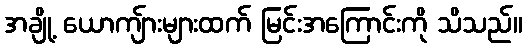
အချို့ ယောကျ်ားများထက် မြင်းအကြောင်းကို သိသည်။